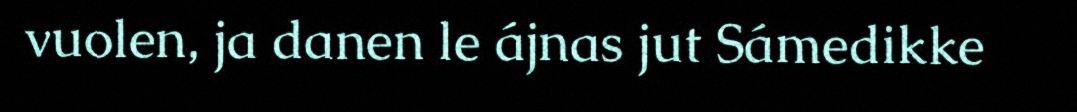
vuolen, ja danen le ájnas jut Sámedikke